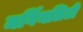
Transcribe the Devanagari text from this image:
मर्गिनलिटी